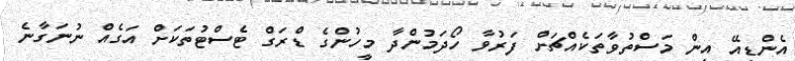
އެންޑީއޭ އިން މަސްތުވާތަކެއްޗަށް ފަރުވާ ހޯދަމުންދާ މީހުންގެ ޑްރަގް ޓެސްޓުތަކަށް އަގެއް ނުނަގާނެ